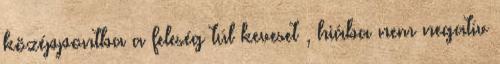
középpontba a feleség túl keveset , hiába nem negatív